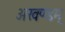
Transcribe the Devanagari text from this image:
अखण्डम्